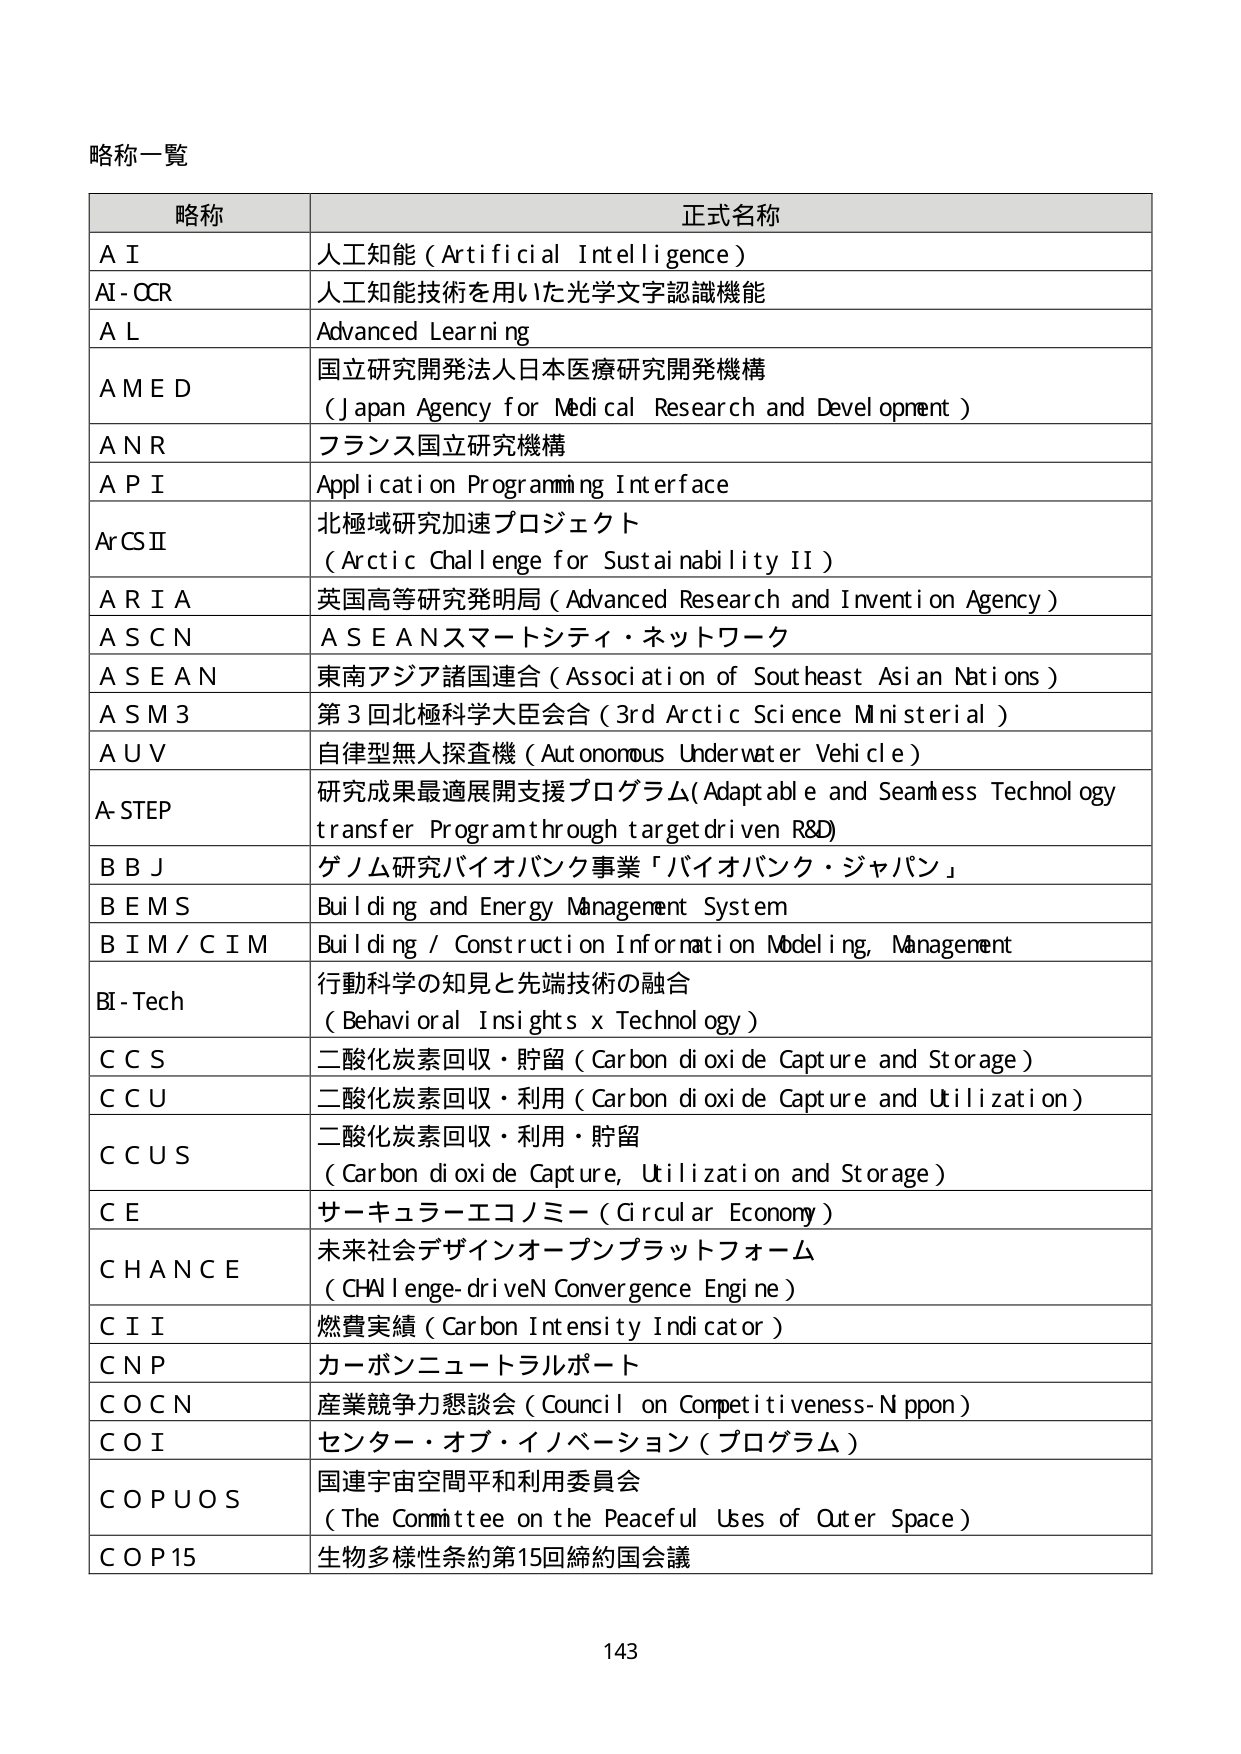
略称一覧

略称 正式名称
A I 人工知能（Artificial Intelligence）
AI - OCR 人工知能技術を用いた光学文字認識機能
A L Advanced Learning
A M E D 国立研究開発法人日本医療研究開発機構（Japan Agency for Medical Research and Development）
A N R フランス国立研究機構
A P I Application Programming Interface
ArCS II 北極域研究加速プロジェクト（Arctic Challenge for Sustainability II）
A R I A 英国高等研究発明局（Advanced Research and Invention Agency）
A S C N A S E A Nスマートシティ・ネットワーク
A S E A N 東南アジア諸国連合（Association of Southeast Asian Nations）
A S M 3 第3回北極科学大臣会合（3rd Arctic Science Ministerial）
A U V 自律型無人探査機（Autonomous Underwater Vehicle）
A-STEP 研究成果最適展開支援プログラム（Adaptable and Seamless Technology transfer Program through target driven R&D）
B B J ゲノム研究バイオバンク事業「バイオバンク・ジャパン」
B E M S Building and Energy Management System
B I M / C I M Building / Construction Information Modeling, Management
BI - Tech 行動科学の知見と先端技術の融合（Behavioral Insights x Technology）
C C S 二酸化炭素回収・貯留（Carbon dioxide Capture and Storage）
C C U 二酸化炭素回収・利用（Carbon dioxide Capture and Utilization）
C C U S 二酸化炭素回収・利用・貯留（Carbon dioxide Capture, Utilization and Storage）
C E サーキュラーエコノミー（Circular Economy）
C H A N C E 未来社会デザインオープンプラットフォーム（CHAllenge-driveN Convergence Engine）
C I I 燃費実績（Carbon Intensity Indicator）
C N P カーボンニュートラルポート
C O C N 産業競争力懇談会（Council on Competitiveness-Nippon）
C O I センター・オブ・イノベーション（プログラム）
C O P U O S 国連宇宙空間平和利用委員会（The Committee on the Peaceful Uses of Outer Space）
C O P 15 生物多様性条約第15回締約国会議

143